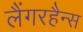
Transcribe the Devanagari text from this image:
लैंगरहैन्स